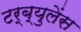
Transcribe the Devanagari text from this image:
टर्ब्युलेंस